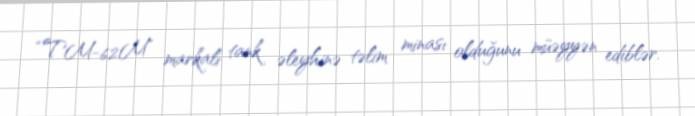
“TM-62M” markalı tank əleyhinə təlim minası olduğunu müəyyən ediblər.